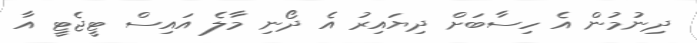
ދިނުމުން އެ ހިސާބަށް ދިޔައިރު އެ ދޯނި މާލެ އައިސް ޓީޖެޓީ އާ